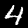
Label: 4